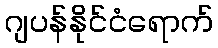
ဂျပန်နိုင်ငံရောက်